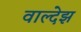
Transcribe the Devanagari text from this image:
वाल्देझ